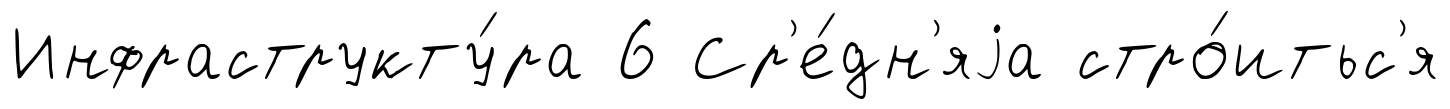
Инфраструкту́ра 6 Ср'е́дн'яjа стро́итьс'я